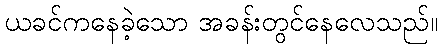
ယခင်ကနေခဲ့သော အခန်းတွင်နေလေသည်။